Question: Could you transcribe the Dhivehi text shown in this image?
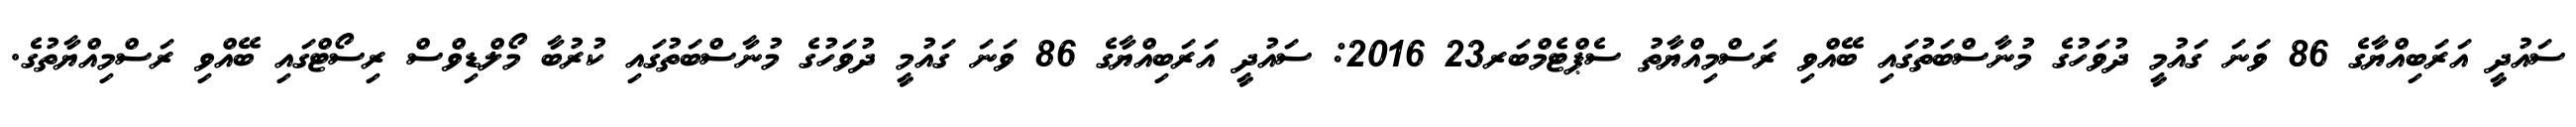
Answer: ސައުދީ އަރަބިއްޔާގެ 86 ވަނަ ގައުމީ ދުވަހުގެ މުނާސްބަތުގައި ބޭއްވި ރަސްމިއްޔާތު ސެޕްޓެމްބަރ23 2016: ސައުދީ އަރަބިއްޔާގެ 86 ވަނަ ގައުމީ ދުވަހުގެ މުނާސްބަތުގައި ކުރުބާ މޯލްޑިވްސް ރިސޯޓްގައި ބޭއްވި ރަސްމިއްޔާތުގެ.